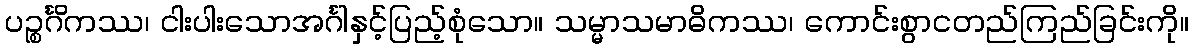
ပဉ္စင်္ဂိကဿ၊ ငါးပါးသောအင်္ဂါနှင့်ပြည့်စုံသော။ သမ္မာသမာဓိကဿ၊ ကောင်းစွာငတည်ကြည်ခြင်းကို။